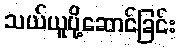
သယ်ယူပို့ဆောင်ခြင်း